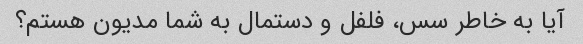
آیا به خاطر سس، فلفل و دستمال به شما مدیون هستم؟